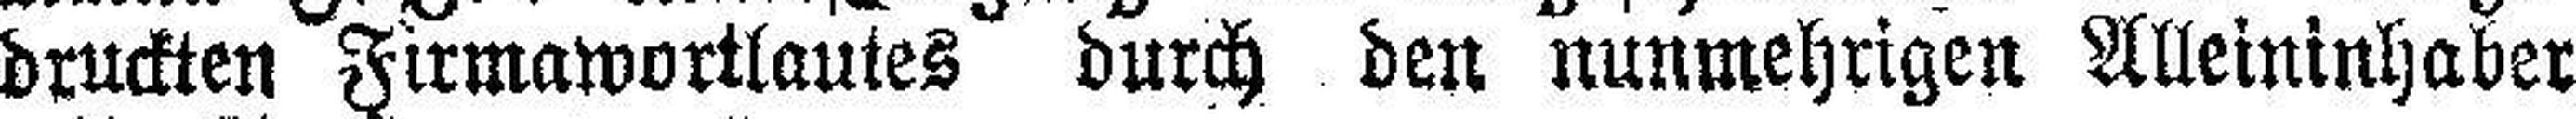
druckten Firmawortlautes durch den nunmehrigen Alleininhaber